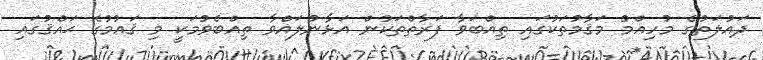
ދައުލަތުގެ މުހިއްމު މަޤާމުތަކުގައި ތިއްބަވާ ފަރާތްތަކުން އަޅާނުލައްވާ ތިއްބެވުމަކީ މި ޤައުމުގެ ޙައްޤުގައި